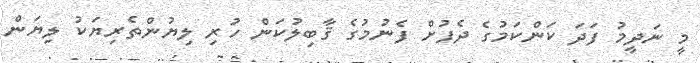
މީ ނަދީމު ފަދަ ކަންކަމުގެ ދެފުށް ފެނުމުގެ ޤާބިލުކަން ހުރި ލިޔުންތެރިޔަކު ލިޔަން